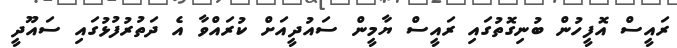
ރައީސް އޮފީހުން ބުނިގޮތުގައި ރައީސް ޔާމީން ސައުދީއަށް ކުރައްވާ އެ ދަތުރުފުޅުގައި ސައޫދީ